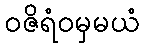
ဝဇိရံဝမှမယံ